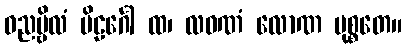
ဓညမ္ဗိလံ ဗိဠင်္ဂေါ ထ၊ လဝဏံ လောဏ မုစ္စတေ။